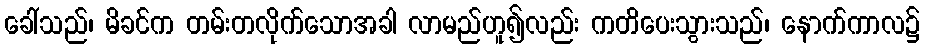
ခေါ်သည်၊ မိခင်က တမ်းတလိုက်သောအခါ လာမည်ဟူ၍လည်း ကတိပေးသွားသည်၊ နောက်ကာလ၌